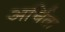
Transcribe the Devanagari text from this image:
अर्चिता